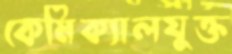
কেমিক্যালযুক্ত